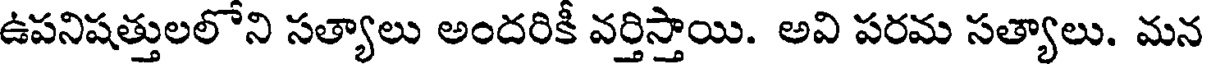
ఉపనిషత్తులలోని సత్యాలు అందరికీ వర్తిస్తాయి. అవి పరమ సత్యాలు. మన